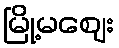
မြို့မဈေး